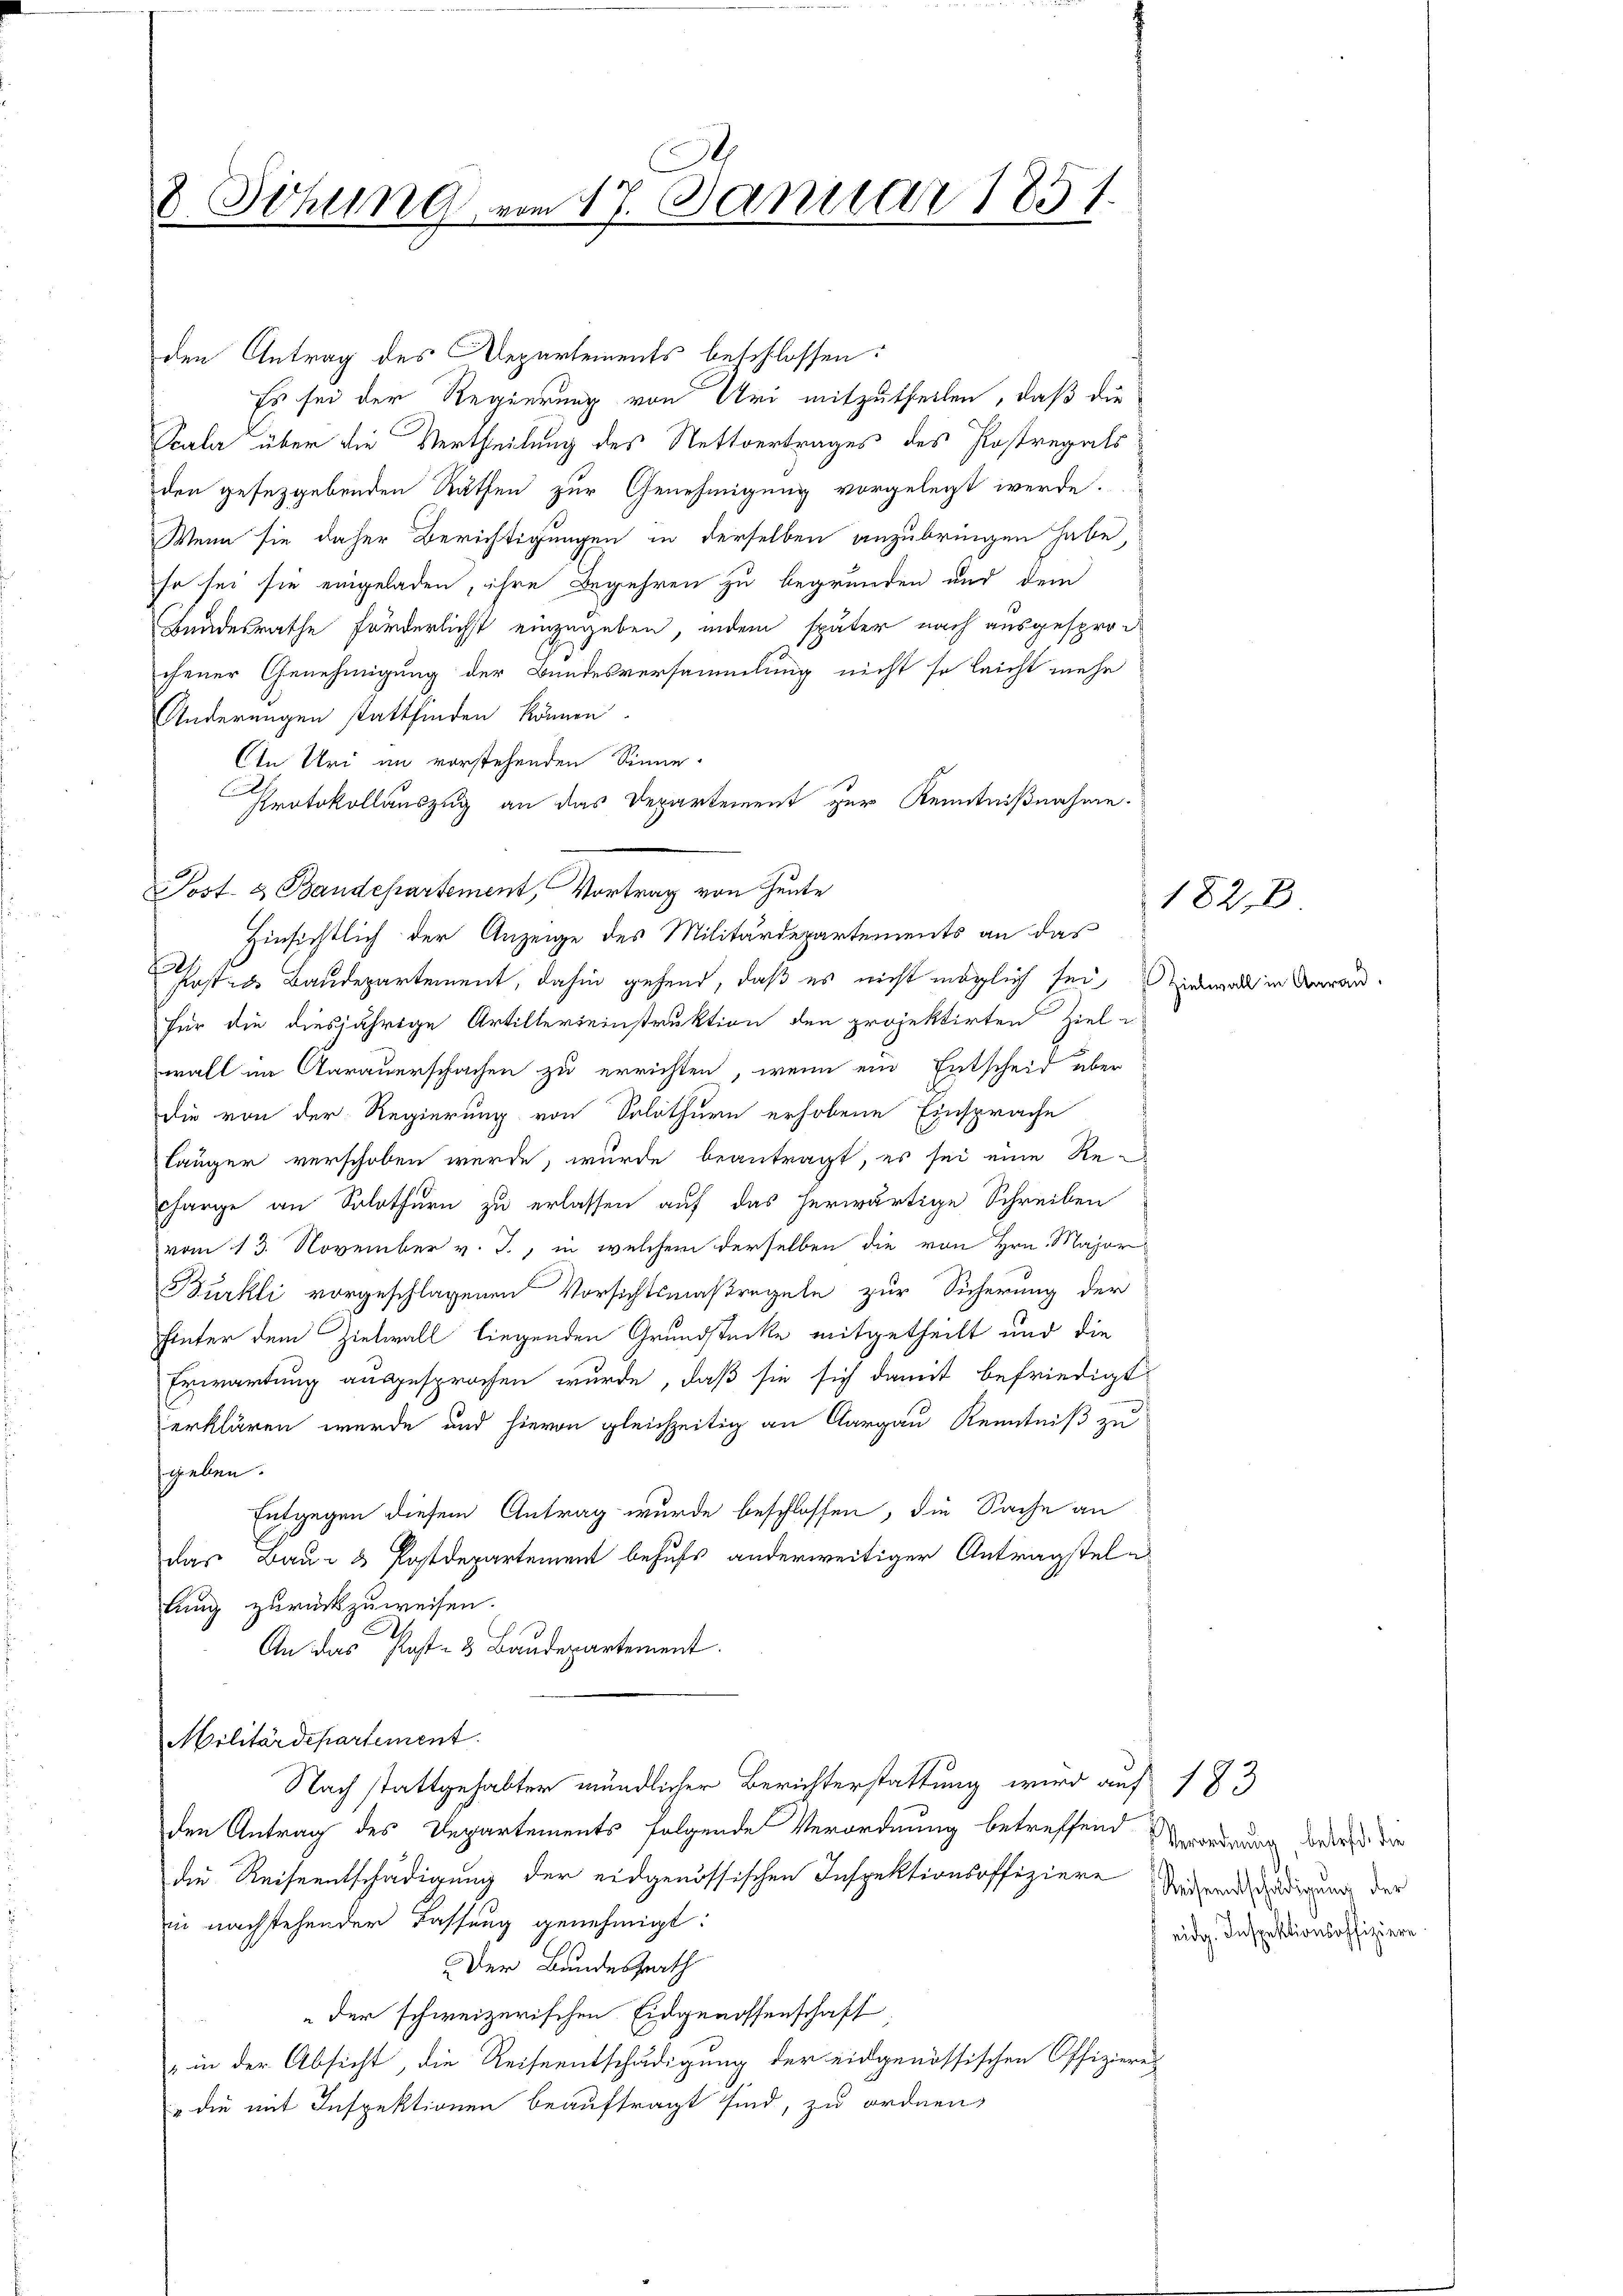
8 Sitzung vom 17. Januar 1851.

den Antrag des Departements beschlossen:
Es sei der Regierung von Uri mitzutheilen, daß die
Scala über die Vertheilung des Nettvertrages des Postregals
den gesezgebenden Räthen zur Genehmigung vorgelegt werde.
Wenn sie daher Berichtigungen in derselben anzubringen habe,
so sei sie eingeladen, ihre Begehren zu begründen und dem
Bundesrathe förderlichst einzugeben, indem später nach ausgesprochener Genehmigung der Bundesversammlung nicht so leicht mehr
Änderungen stattfinden können
Ain Uri im vorstehenden Sinne.
Protokollauszug an das Departement zur Kenntnißnahme.
Post- & Bandepartement, Vortrag von Heute
t
fast ds Baudepartement, dahin gehend, daß es nicht möglich sei einmal in Aarau
für die diesjährige Artillereinstruktion den projektirten Ziel-
wall im Aarauerschachen zu errichten, wenn ein Entscheid über
die von der Regierung von Solothurn erhobene Einsprache
länger verschoben werde, wurde beantragt, es sei eine Re-
charge an Solothurn zu erlassen auf das herwärtige Schreiben
vom 13. November v. J., in welchem derselben die von Hrn. Major
Bürkli vorgeschlagenen Vorsichtsmaßregeln zur Sicherung der
hinter dem Zielwall liegenden Grundstücke mitgetheilt und die
Erwartung ausgesprochen wurde, daß sie sich damit befriedigt
erklären werde und hievon gleichzeitig an Aargau Kenntniß zu
sgeben.
Entgegen diesem Antrag wurde beschlossen, die Sache an
das Bau- & Postdepartement behufs anderweitiger Antragstellung zurückzuweisen.
An das Post- & Baudepartement.
Militärdepartement
Nach stattgehabter mündlicher Berichterstattung wird auf 1 J
den Antrag des Departements folgende Verordnung betreffend Verorderung bedes die
die Reiseentschädigung der eidgenössischen Inspektionsoffiziere
in nachstehender Fassung genehmigt:
Der Bundesrath
der schweizerischen Eidgenossenschaft
" in der Absicht, die Reiseentschädigung der eidgenössischen Offiziere
" die mit Inspektionen beauftragt sind, zu ordnen,

Hinsichtlich der Anzeige des Militärdepartements an das

182 x

Reiseentschädigung der
eidg. Inspektionsoffiziere.